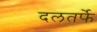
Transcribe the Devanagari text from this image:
दलतर्फे